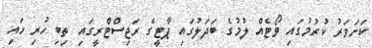
ކަށަވަރު ކުރުމުގައި ވޯޓެއް ލުމުގެ ބަދަލުގައި ޕާޓީގެ ރަޖިސްޓްރީގައި ތިބި ހުރި ހައި